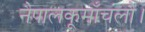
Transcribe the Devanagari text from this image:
नैपालकूमाँचंलौ।